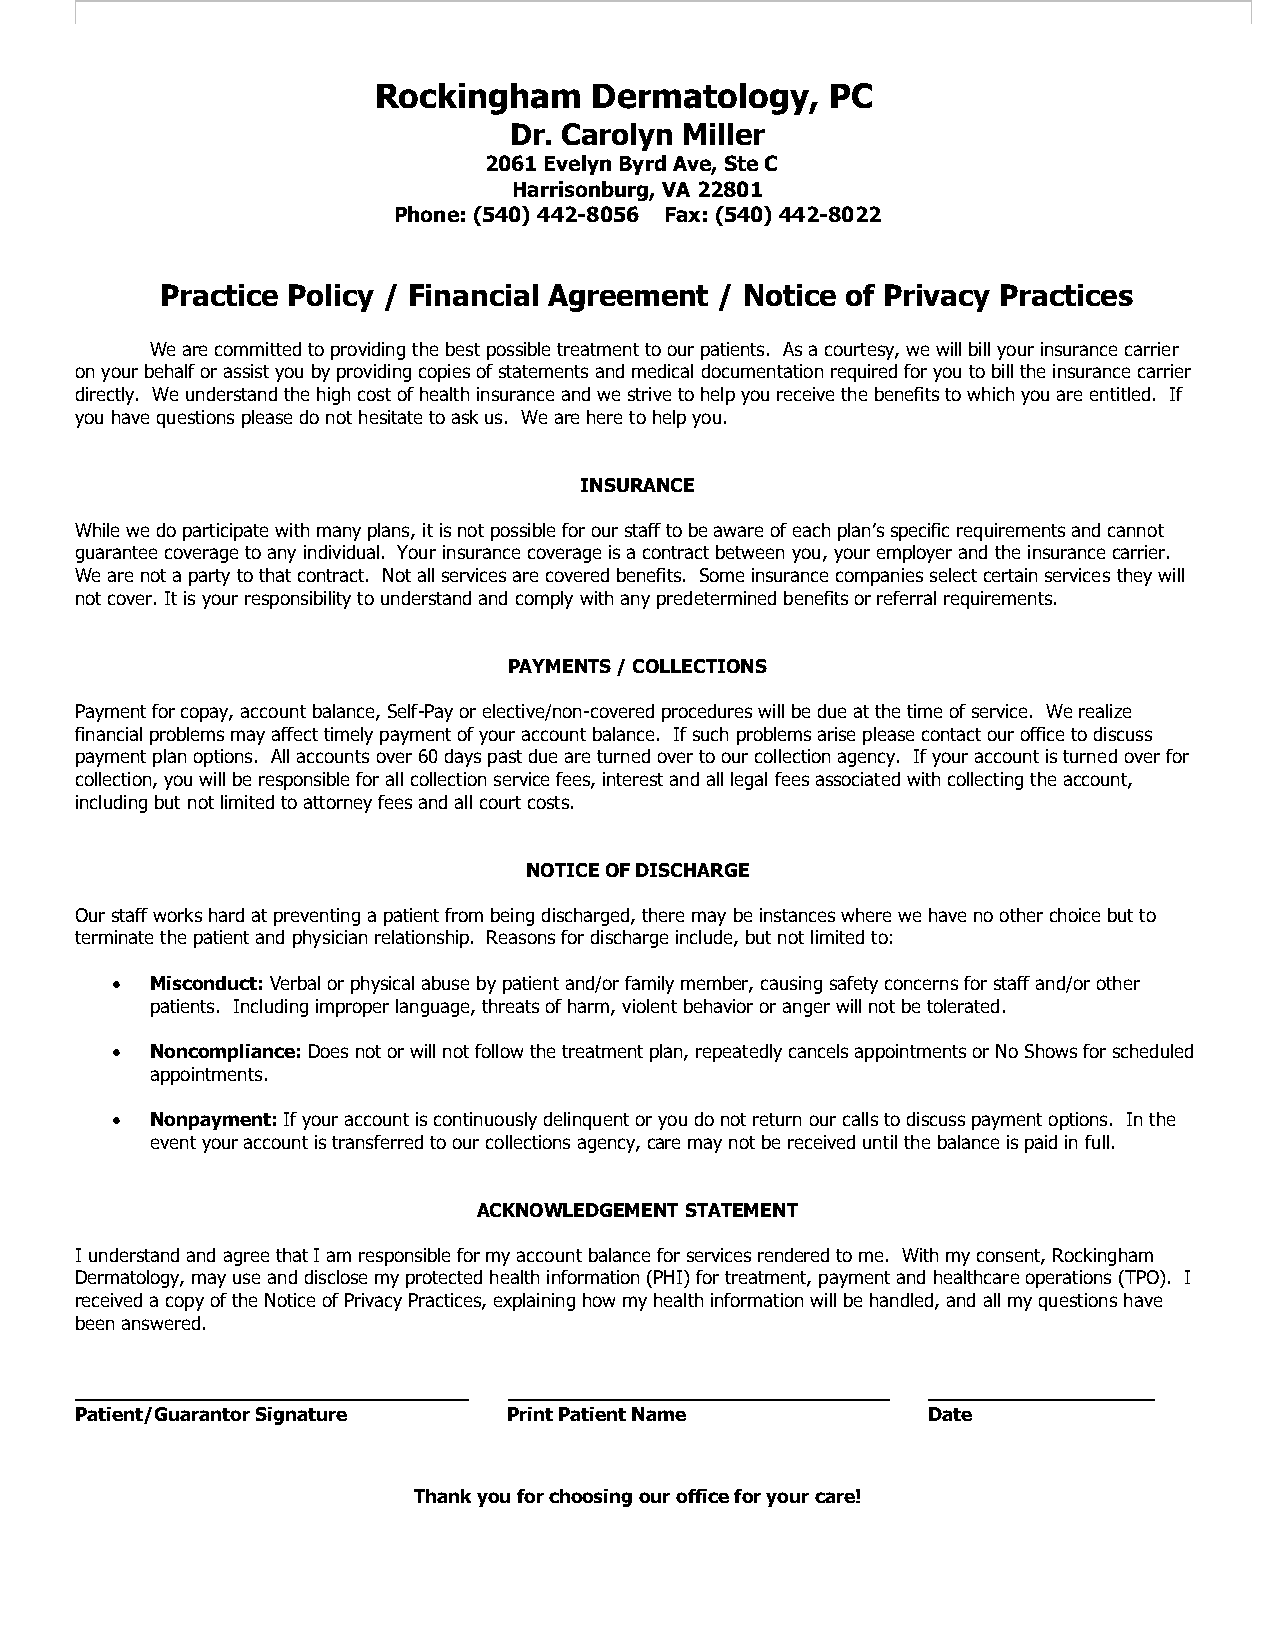
Rockingham    Dermatology,    PC
 Dr. Carolyn Miller
 2061 Evelyn Byrd Ave, Ste C
 Harrisonburg, VA 22801
 Phone: (540) 442-8056 Fax: (540) 442-8022
 Practice Policy / Financial Agreement / Notice of Privacy Practices
 We are committed to providing the best possible treatment to our patients. As a courtesy, we will bill your insurance carrier
 on your behalf or assist you by providing copies of statements and medical documentation required for you to bill the insurance carrier
 directly. We understand the high cost of health insurance and we strive to help you receive the benefits to which you are entitled. If
 you have questions please do not hesitate to ask us. We are here to help you.
 INSURANCE
 While we do participate with many plans, it is not possible for our staff to be aware of each plan’s specific requirements and cannot
 guarantee coverage to any individual. Your insurance coverage is a contract between you, your employer and the insurance carrier.
 We are not a party to that contract. Not all services are covered benefits. Some insurance companies select certain services they will
 not cover. It is your responsibility to understand and comply with any predetermined benefits or referral requirements.
 PAYMENTS / COLLECTIONS
 Payment for copay, account balance, Self-Pay or elective/non-covered procedures will be due at the time of service. We realize
 financial problems may affect timely payment of your account balance. If such problems arise please contact our office to discuss
 payment plan options. All accounts over 60 days past due are turned over to our collection agency. If your account is turned over for
 collection, you will be responsible for all collection service fees, interest and all legal fees associated with collecting the account,
 including but not limited to attorney fees and all court costs.
 NOTICE OF DISCHARGE
 Our staff works hard at preventing a patient from being discharged, there may be instances where we have no other choice but to
 terminate the patient and physician relationship. Reasons for discharge include, but not limited to:
 •  Misconduct: Verbal or physical abuse by patient and/or family member, causing safety concerns for staff and/or other
 patients. Including improper language, threats of harm, violent behavior or anger will not be tolerated.
 •  Noncompliance: Does not or will not follow the treatment plan, repeatedly cancels appointments or No Shows for scheduled
 appointments.
 •  Nonpayment: If your account is continuously delinquent or you do not return our calls to discuss payment options. In the
 event your account is transferred to our collections agency, care may not be received until the balance is paid in full.
 ACKNOWLEDGEMENT STATEMENT
 I understand and agree that I am responsible for my account balance for services rendered to me. With my consent, Rockingham
 Dermatology, may use and disclose my protected health information (PHI) for treatment, payment and healthcare operations (TPO). I
 received a copy of the Notice of Privacy Practices, explaining how my health information will be handled, and all my questions have
 been answered.
 _________________________________ ________________________________ ___________________
 Patient/Guarantor Signature  Print Patient Name         Date
 Thank you for choosing our office for your care!